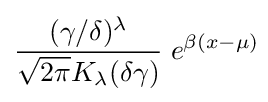
{\frac {(\gamma /\delta )^{\lambda }}{{\sqrt {2\pi }}K_{\lambda }(\delta \gamma )}}\;e^{\beta (x-\mu )}\!